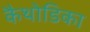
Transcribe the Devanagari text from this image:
कैथोडिका